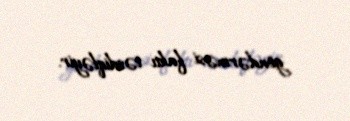
göndərməsi faktı təsdiqləyir.